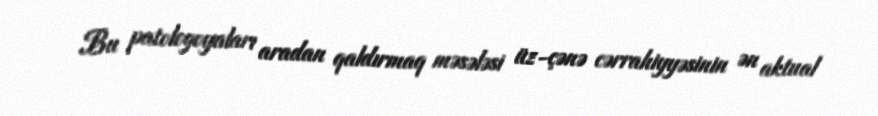
Bu patologoyaları aradan qaldırmaq məsələsi üz-çənə cərrahiyyəsinin ən aktual